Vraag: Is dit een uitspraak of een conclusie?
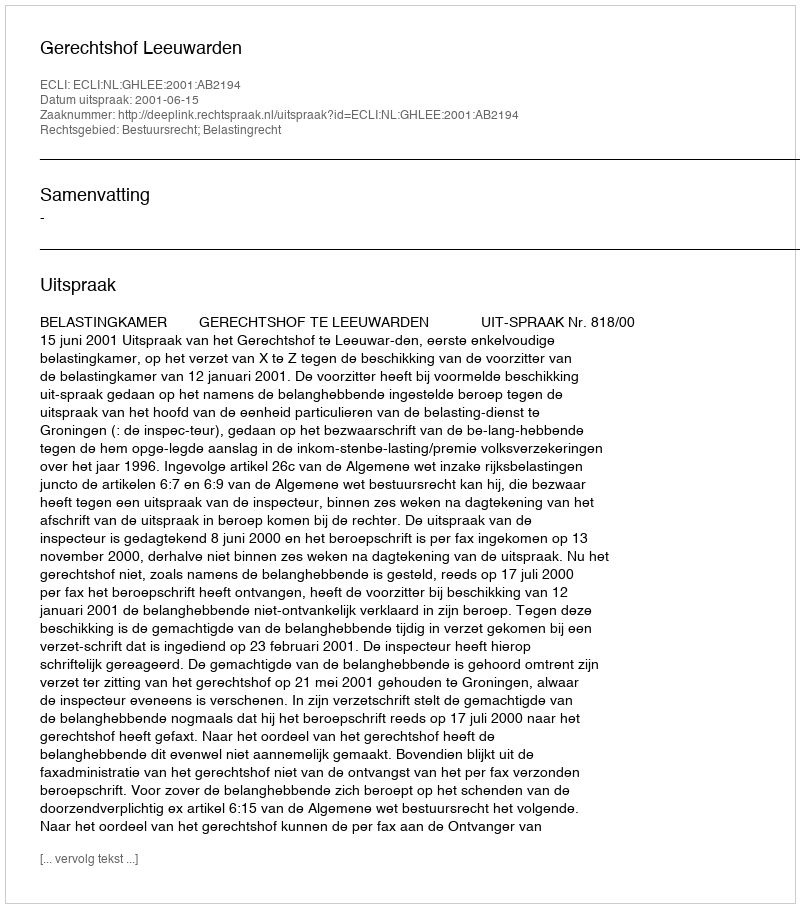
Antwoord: Uitspraak